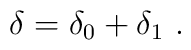
\delta = \delta_0 + \delta_1 \ .